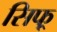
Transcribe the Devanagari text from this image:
सिफ्र्